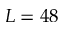
L = 4 8